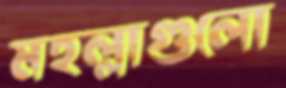
মহল্লাগুলো